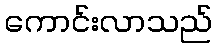
ကောင်းလာသည်